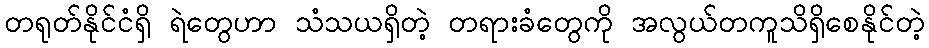
တရုတ်နိုင်ငံရှိ ရဲတွေဟာ သံသယရှိတဲ့ တရားခံတွေကို အလွယ်တကူသိရှိစေနိုင်တဲ့